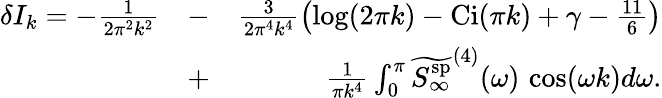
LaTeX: \begin{array}{rlr}{\delta I_{k}=-\frac{1}{2\pi^{2}k^{2}}}&{-}&{\frac{3}{2\pi^{4}k^{4}}\left(\log(2\pi k)-\mathrm{Ci}(\pi k)+\gamma-\frac{11}{6}\right)}\\ &{+}&{\frac{1}{\pi k^{4}}\int_{0}^{\pi}\widetilde{{S_{\infty}^{\mathrm{sp}}}}^{(4)}(\omega)\, \cos(\omega k)d\omega.}\end{array}